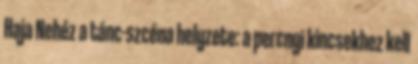
Haja Nehéz a tánc-szcéna helyzete: a percnyi kincsekhez kell